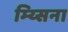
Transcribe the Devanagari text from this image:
म्य्सिना